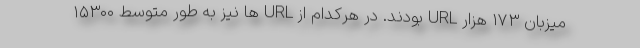
میزبان ۱۷۳ هزار URL بودند. در هرکدام از URL ها نیز به طور متوسط ۱۵۳۰۰